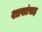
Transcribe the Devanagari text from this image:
शाखांसह